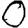
Digit: 0